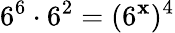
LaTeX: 6^{6}\cdot6^{2}=(6^{\mathbf{x}})^{4}